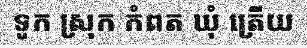
ទូក ស្រុក កំពត ឃុំ ត្រើយ